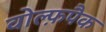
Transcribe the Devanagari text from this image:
वोल्फ़पैक